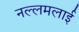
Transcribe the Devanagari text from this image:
नल्लमलाई